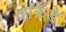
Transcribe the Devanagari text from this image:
आकँडे